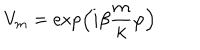
LaTeX: V _ { m } = \exp \left( { i \beta } \frac { m } { k } \varphi \right)